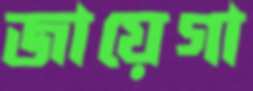
জায়েগা